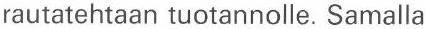
rautatehtaan tuotannolle. Samalla